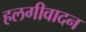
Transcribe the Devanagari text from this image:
हलगीवादन